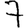
Digit: 7